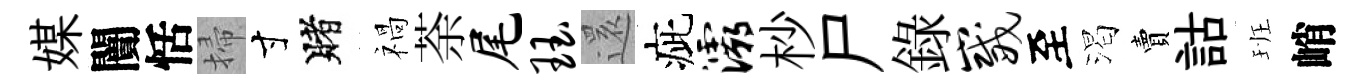
媒闠恬掃寸賭禍荼尾珏𮟃疵灞杪尸錄崴至渴賣詁班峭